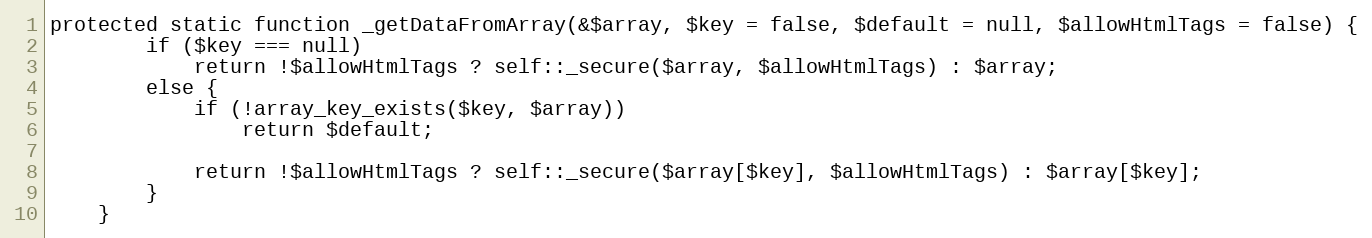
Language: PHP
protected static function _getDataFromArray(&$array, $key = false, $default = null, $allowHtmlTags = false) {
        if ($key === null)
            return !$allowHtmlTags ? self::_secure($array, $allowHtmlTags) : $array;
        else {
            if (!array_key_exists($key, $array))
                return $default;

            return !$allowHtmlTags ? self::_secure($array[$key], $allowHtmlTags) : $array[$key];
        }
    }